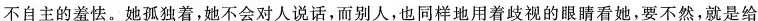
不自主的羞怯。她孤独着，她不会对人说话，而别人，也同样地用着歧视的眼睛看，要不然，就是给